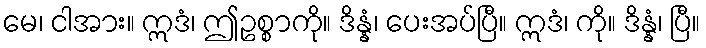
မေ၊ ငါအား။ ဣဒံ၊ ဤဥစ္စာကို။ ဒိန္နံ၊ ပေးအပ်ပြီ။ ဣဒံ၊ ကို။ ဒိန္နံ၊ ပြီ။